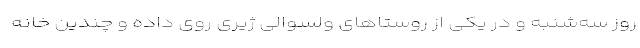
روز سه‌شنبه و در یکی از روستاهای ولسوالی ژیری روی داده و چندین خانه